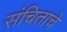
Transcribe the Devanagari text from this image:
संचिताचे